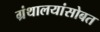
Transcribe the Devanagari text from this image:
ग्रंथालयांसोबत